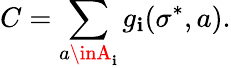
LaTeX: C=\sum_{a\inA_{\mathbf{i}}}g_{\mathbf{i}}(\sigma^{*},a).